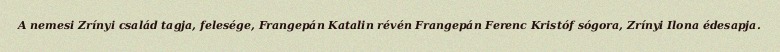
A nemesi Zrínyi család tagja, felesége, Frangepán Katalin révén Frangepán Ferenc Kristóf sógora, Zrínyi Ilona édesapja.